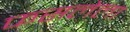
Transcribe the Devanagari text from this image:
फसलेला